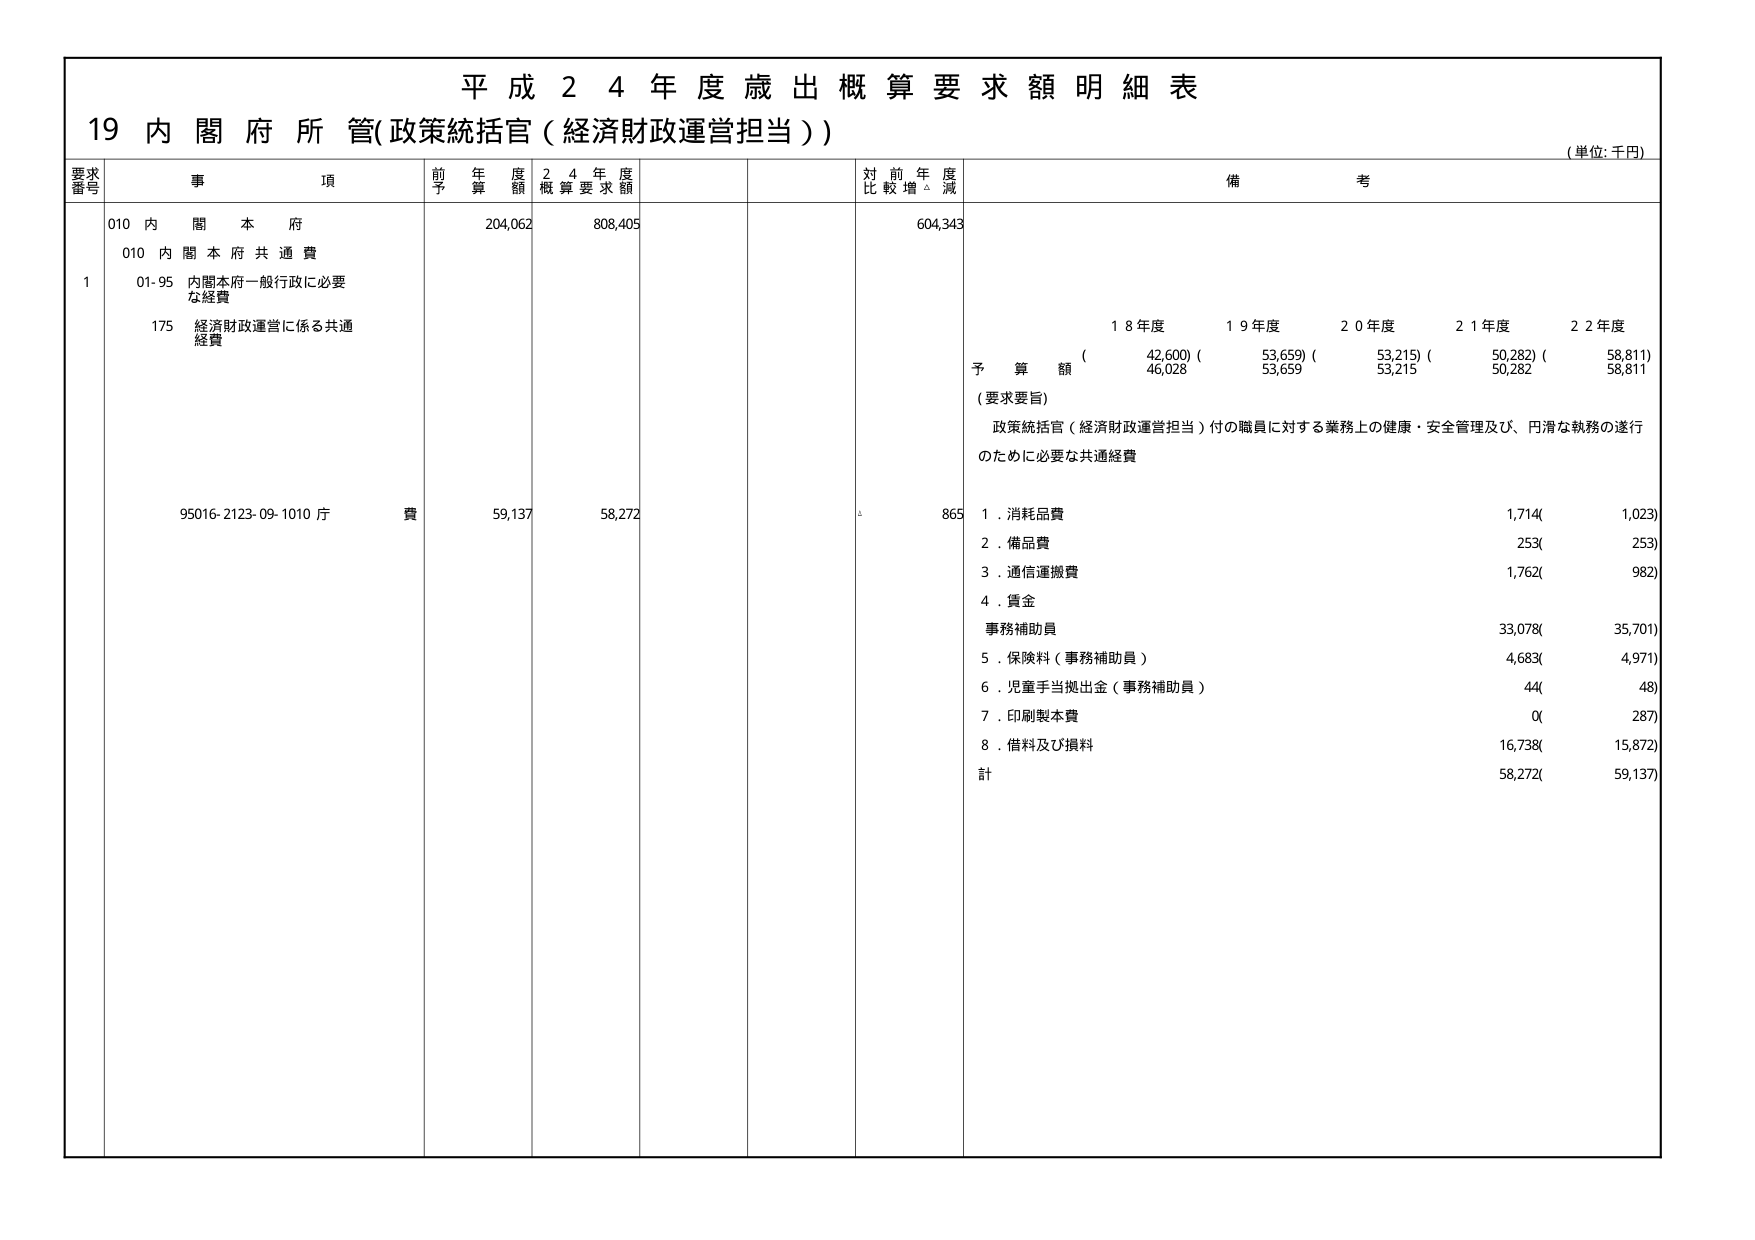
平成２４年度歳出概算要求額明細表
19 内閣府所管(政策統括官（経済財政運営担当）)
(単位:千円)

要求番号 事項 前年度予算額 24年度概算要求額 対前年度比較増減 備考

010 内閣本府 204,062 808,405 604,343
010 内閣本府共通費
1 01-95 内閣本府一般行政に必要な経費
175 経済財政運営に係る共通経費

18年度 19年度 20年度 21年度 22年度
予算額 (42,600) (53,659) (53,215) (50,282) (58,811)
(46,028 53,659 53,215 50,282 58,811)

(要求要旨)
政策統括官（経済財政運営担当）付の職員に対する業務上の健康・安全管理及び、円滑な執務の遂行のために必要な共通経費

95016-2123-09-1010 庁費 59,137 58,272 865
1. 消耗品費 1,714( 1,023)
2. 備品費 253( 253)
3. 通信運搬費 1,762( 982)
4. 賃金
事務補助員 33,078( 35,701)
5. 保険料（事務補助員） 4,683( 4,971)
6. 児童手当拠出金（事務補助員） 44( 48)
7. 印刷製本費 0( 287)
8. 借料及び損料 16,738( 15,872)
計 58,272( 59,137)